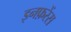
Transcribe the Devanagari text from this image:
इनफ़रेंस